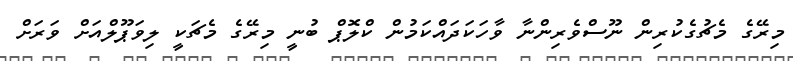
މިރޭގެ މެޗުގެކުރިން ނޫސްވެރިންނާ ވާހަކަދައްކަމުން ކްލޮޕް ބުނީ މިރޭގެ މެޗަކީ ލިވަޕޫލްއަށް ވަރަށް